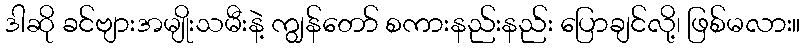
ဒါဆို ခင်ဗျားအမျိုးသမီးနဲ့ ကျွန်တော် စကားနည်းနည်း ပြောချင်လို့၊ ဖြစ်မလား။